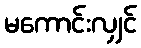
မကောင်းလျှင်